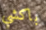
باكشي